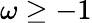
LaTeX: \omega\geq-1